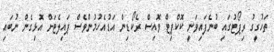
ތަހުގީގު ރިޕޯޓުގައި ބުނެފައިވަނީ ކޮކްޕިޓް ވޮއިސް ރެކޯޑިން އަޑުއެހުމުންވެސް ޕައިލެޓަށް އޮޅިގެން ނުބައި